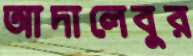
আদালেবুর